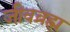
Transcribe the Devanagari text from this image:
जीवब्रह्म